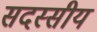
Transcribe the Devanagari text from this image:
सदस्सीय